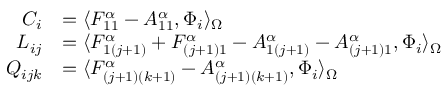
\begin{array} { r l } { C _ { i } } & { = \langle F _ { 1 1 } ^ { \alpha } - A _ { 1 1 } ^ { \alpha } , \Phi _ { i } \rangle _ { \Omega } } \\ { L _ { i j } } & { = \langle F _ { 1 ( j + 1 ) } ^ { \alpha } + F _ { ( j + 1 ) 1 } ^ { \alpha } - A _ { 1 ( j + 1 ) } ^ { \alpha } - A _ { ( j + 1 ) 1 } ^ { \alpha } , \Phi _ { i } \rangle _ { \Omega } } \\ { Q _ { i j k } } & { = \langle F _ { ( j + 1 ) ( k + 1 ) } ^ { \alpha } - A _ { ( j + 1 ) ( k + 1 ) } ^ { \alpha } , \Phi _ { i } \rangle _ { \Omega } } \end{array}